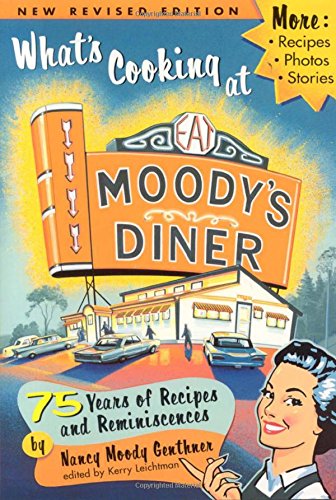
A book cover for What's Cooking at Moody's Diner; Nancy Genthner; Cookbooks, Food & Wine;